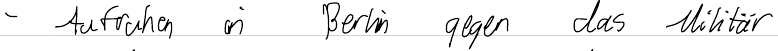
- Aufruhen in Berlin gegen das Militär